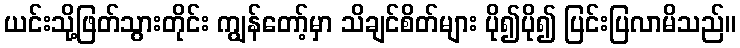
ယင်းသို့ဖြတ်သွားတိုင်း ကျွန်တော့်မှာ သိချင်စိတ်များ ပို၍ပို၍ ပြင်းပြလာမိသည်။